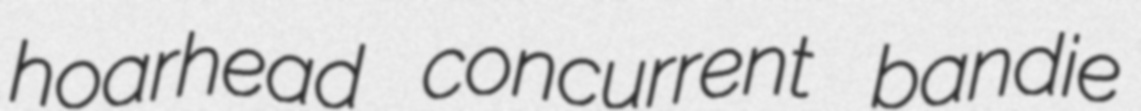
hoarhead concurrent bandie